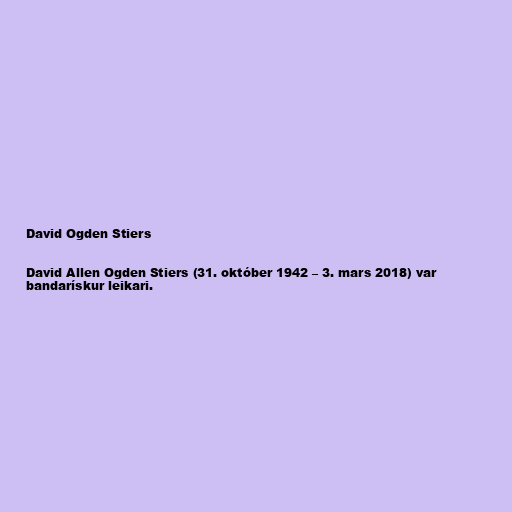
David Ogden Stiers

David Allen Ogden Stiers (31. október 1942 – 3. mars 2018) var
bandarískur leikari.